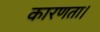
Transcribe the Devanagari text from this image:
कारणता।